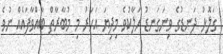
ގަލޮޅު ދަނޑުގެ ވިނަގަނޑު ހަލާކުވެ މިދިޔަ އަހަރު މި މުބާރާތް ބާއްވާފައެއް ނުވެ